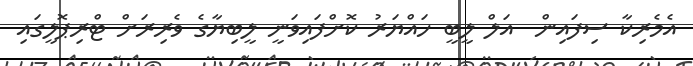
އެމެރިކާ ސިފައިން  އަލް ލީބީ ހައްޔަރު ކޮށްފައިވަނީ ލީބިޔާގެ ވެރިރަށް ޓްރިޕޮލީގައި